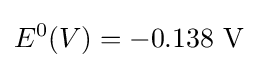
E^{0}(V)=-0.138\ \mathrm {V}